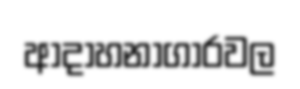
ආදාහනාගාරවල